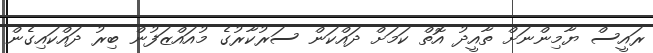
ރައީސް ޔާމިންނަށް ތާއީދު އޮތް ކަމަށް ދައްކަން ސަރުކާރުގެ މުއައްޒަފުން ބިރު ދައްކައިގެން